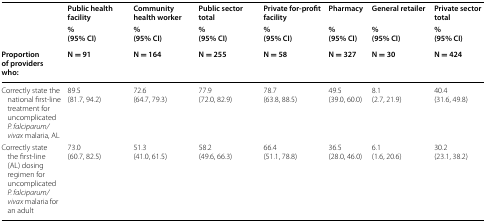
|  | Public health facility | Community health worker | Public sector total | Private for-profit facility | Pharmacy | General retailer | Private sector total |
 |  | %(95% CI) | %(95% CI) | %(95% CI) | %(95% CI) | %(95% CI) | %(95% CI) | %(95% CI) |
 | Proportion of providers who: | N = 91 | N = 164 | N = 255 | N = 58 | N = 327 | N = 30 | N = 424 |
 | --- | --- | --- | --- | --- | --- | --- | --- |
 | Correctly state the national first-line treatment for uncomplicated P. falciparum/vivax malaria, AL | 89.5(81.7, 94.2) | 72.6(64.7, 79.3) | 77.9(72.0, 82.9) | 78.7(63.8, 88.5) | 49.5(39.0, 60.0) | 8.1(2.7, 21.9) | 40.4(31.6, 49.8) |
 | Correctly state the first-line (AL) dosing regimen for uncomplicated P. falciparum/vivax malaria for an adult | 73.0(60.7, 82.5) | 51.3(41.0, 61.5) | 58.2(49.6, 66.3) | 66.4(51.1, 78.8) | 36.5(28.0, 46.0) | 6.1(1.6, 20.6) | 30.2(23.1, 38.2) |